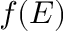
f ( E )